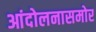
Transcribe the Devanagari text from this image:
आंदोलनासमोर